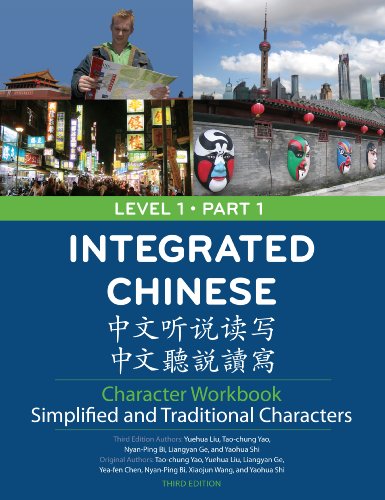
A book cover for Integrated Chinese Character Workbook: Level 1, Part 1 (Simplified & Traditional Character, 3rd Edition) (Integrated Chinese Level 1) (Chinese Edition); Yuehua Liu; Teen & Young Adult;